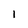
Character: I